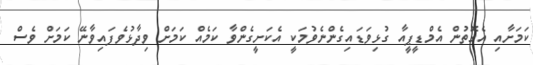
ކަމަށާއި އެގޮތުން އެމްޑީޕީއާ ގުޅިވަޑައިގެންނެވުމަކީ އެކަށީގެންވާ ކަމެއް ކަމަށް ވިދާޅުވެފައިވާނޭ ކަމަށް ވެސް